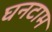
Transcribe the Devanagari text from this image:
घनटाम